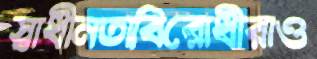
স্বাধীনতাবিরোধীরাও